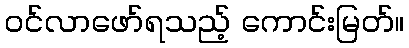
ဝင်လာဖော်ရသည့် ကောင်းမြတ်။